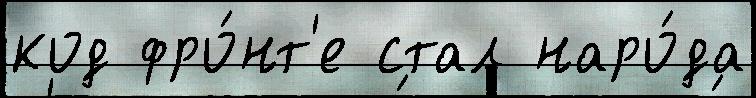
код фро́нт'е стал наро́да